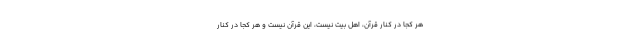
هر کجا در کنار قرآن، اهل بیت نیست، این قرآن نیست و هر کجا در کنار